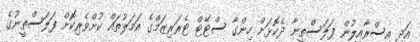
އަދި އިސްރާއީލުން ފަލަސްތީނާ ދެކޮޅަށް ހިންގާ ސްޓޭޓް ޓެރަރިޒަމްގެ އަމަލުތައް ކުށްވެރިކޮށް ފަލަސްތީނުގެ